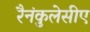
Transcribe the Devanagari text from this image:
रैनंकुलेसीए